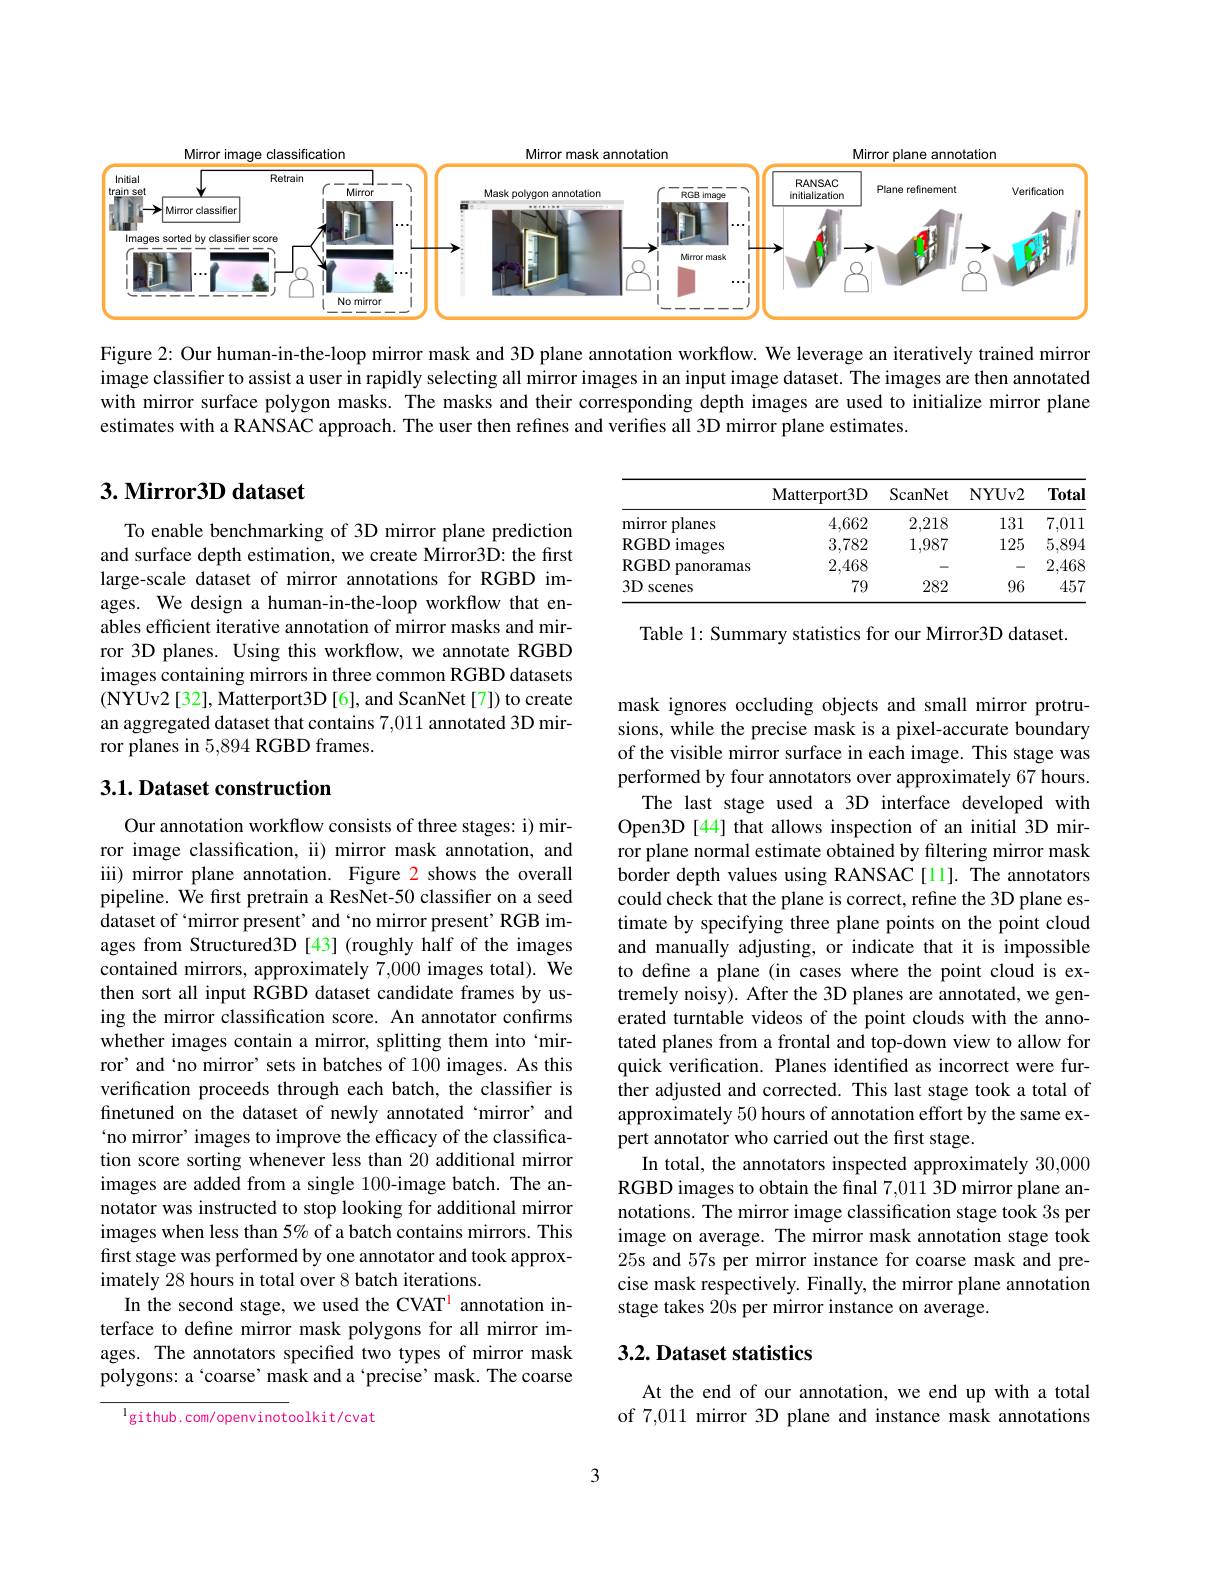
<FigureHere>

Figure 2: Our human-in-the-loop mirror mask and 3D plane annotation workflow. We leverage an iteratively trained mirror image classifier to assist a user in rapidly selecting all mirror images in an input image dataset. The images are then annotated with mirror surface polygon masks. The masks and their corresponding depth images are used to initialize mirror plane estimates with a RANSAC approach. The user then refines and verifies all 3D mirror plane estimates.

# 3. Mirror3D dataset

<table>
	<tbody>
		<tr>
			<th> </th>
			<th>Matterport3D</th>
			<th>ScanNet</th>
			<th>NYUv2</th>
			<th>Total</th>
		</tr>
		<tr>
			<td>mirror r planes 1</td>
			<td>4,662</td>
			<td>2,218</td>
			<td>131</td>
			<td>7,011</td>
		</tr>
		<tr>
			<td>RGBD images</td>
			<td>3,782</td>
			<td>1,987</td>
			<td>125</td>
			<td>5,894</td>
		</tr>
		<tr>
			<td>RGBD panoramas</td>
			<td>2,468</td>
			<td> </td>
			<td> </td>
			<td>2,468</td>
		</tr>
		<tr>
			<td>$3D$ scenes</td>
			<td>79</td>
			<td>282</td>
			<td>96</td>
			<td>457</td>
		</tr>
	</tbody>
</table>

Table 1: Summary statistics for our Mirror3D dataset.

To enable benchmarking of 3D mirror plane prediction and surface depth estimation, we create Mirror3D: the first large-scale dataset of mirror annotations for RGBD images. We design a human-in-the-loop workflow that enables efficient iterative annotation of mirror masks and mirror 3D planes. Using this workflow, we annotate RGBD images containing mirrors in three common RGBD datasets (NYUv2[32], Matterport3D[6], and ScanNet[7]) to create an aggregated dataset that contains 7,011 annotated 3D mirror planes in 5,894 RGBD frames.

## 3.1. Dataset construction

mask ignores occluding objects and small mirror protrusions, while the precise mask is a pixel-accurate boundary of the visible mirror surface in each image. This stage was performed by four annotators over approximately 67 hours.
The last stage used a 3D interface developed with Open3D [44] that allows inspection of an initial 3D mirror plane normal estimate obtained by filtering mirror mask border depth values using RANSAC[11]. The annotators could check that the plane is correct, refine the 3D plane estimate by specifying three plane points on the point cloud and manually adjusting, or indicate that it is impossible to define a plane (in cases where the point cloud is extremely noisy). After the 3D planes are annotated, we generated turntable videos of the point clouds with the annotated planes from a frontal and top-down view to allow for quick verification. Planes identified as incorrect were further adjusted and corrected. This last stage took a total of approximately 50 hours of annotation effort by the same expert annotator who carried out the first stage.
In total, the annotators inspected approximately 30,000 RGBD images to obtain the final 7,011 3D mirror plane annotations. The mirror image classification stage took 3s per image on average. The mirror mask annotation stage took 25s and 57s per mirror instance for coarse mask and precise mask respectively. Finally, the mirror plane annotation stage takes 20s per mirror instance on average.

Our annotation workflow consists of three stages: i) mirror image classification, ii) mirror mask annotation, and iii) mirror plane annotation. Figure 2 shows the overall pipeline. We first pretrain a ResNet-50 classifier on a seed dataset of ‘mirror present’and‘no mirror present’RGB images from Structured3D [43] (roughly half of the images contained mirrors, approximately 7,000 images total). We then sort all input RGBD dataset candidate frames by using the mirror classification score. An annotator confirms whether images contain a mirror, splitting them into`mirror' and‘no mirror’ sets in batches of 100 images. As this verification proceeds through each batch, the classifier is finetuned on the dataset of newly annotated‘mirror’ and `no mirror' images to improve the efficacy of the classification score sorting whenever less than 20 additional mirror images are added from a single 100-image batch. The annotator was instructed to stop looking for additional mirror images when less than 5% of a batch contains mirrors. This first stage was performed by one annotator and took approximately 28 hours in total over 8 batch iterations.
In the second stage, we used the CVAT$^{\mathrm{l}}$ annotation interface to define mirror mask polygons for all mirror images. The annotators specified two types of mirror mask polygons: a‘coarse’ mask and a‘precise’ mask. The coarse
lgithub.com/openvinotoolkit/cvat

## 3.2. Dataset statistics

At the end of our annotation, we end up with a total of 7,011 mirror 3D plane and instance mask annotations

3